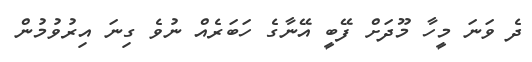
ދެ ވަނަ މީހާ މޫދަށް ފޭބީ އޭނާގެ ހަބަރެއް ނުވެ ގިނަ އިރުވުމުން